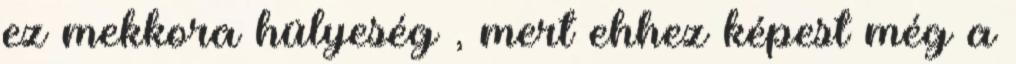
ez mekkora hülyeség , mert ehhez képest még a